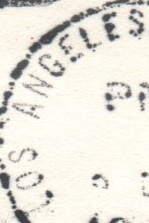
COS ANGELES